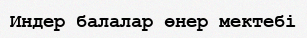
Индер балалар өнер мектебі